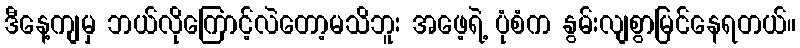
ဒီနေ့ကျမှ ဘယ်လိုကြောင့်လဲတော့မသိဘူး အဖေ့ရဲ့ ပုံစံက နွမ်းလျစွာမြင်နေရတယ်။